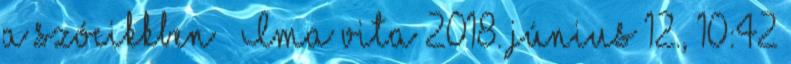
a szócikkben – Ima vita 2018. június 12., 10:42